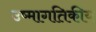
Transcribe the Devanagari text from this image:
उष्मागतिकीय